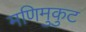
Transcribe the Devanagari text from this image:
मणिमुकुट